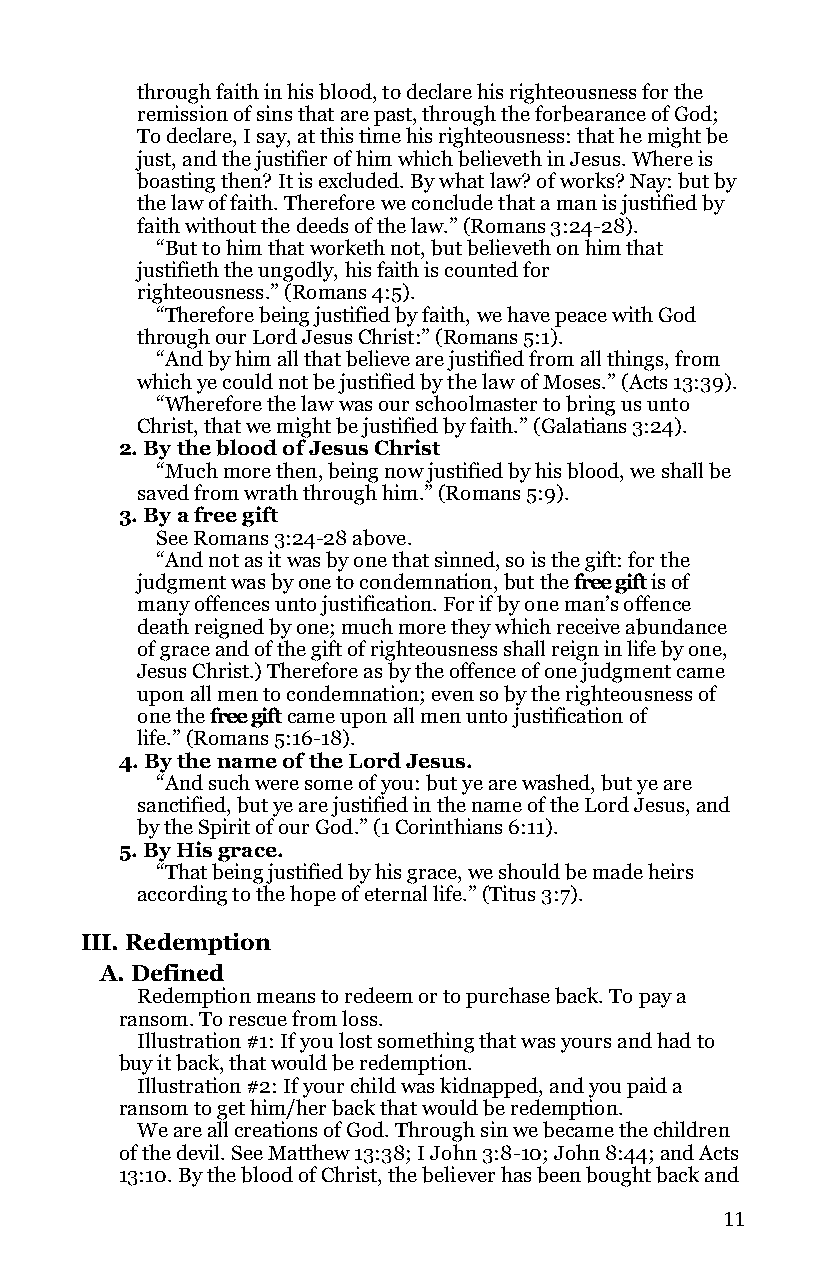
through faith in his blood, to declare his righteousness for the
 remission of sins that are past, through the forbearance of God;
 To declare, I say, at this time his righteousness: that he might be
 just, and the justifier of him which believeth in Jesus. Where is
 boasting then? It is excluded. By what law? of works? Nay: but by
 the law of faith. Therefore we conclude that a man is justified by
 faith without the deeds of the law.” (Romans 3:24-28).
 “But to him that worketh not, but believeth on him that
 justifieth the ungodly, his faith is counted for
 righteousness.” (Romans 4:5).
 “Therefore being justified by faith, we have peace with God
 through our Lord Jesus Christ:” (Romans 5:1).
 “And by him all that believe are justified from all things, from
 which ye could not be justified by the law of Moses.” (Acts 13:39).
 “Wherefore the law was our schoolmaster to bring us unto
 Christ, that we might be justified by faith.” (Galatians 3:24).
 2. By the blood of Jesus Christ
 “Much more then, being now justified by his blood, we shall be
 saved from wrath through him.” (Romans 5:9).
 3. By a free gift
 See Romans 3:24-28 above.
 “And not as it was by one that sinned, so is the gift: for the
 judgment was by one to condemnation, but the free gift is of
 many offences unto justification. For if by one man’s offence
 death reigned by one; much more they which receive abundance
 of grace and of the gift of righteousness shall reign in life by one,
 Jesus Christ.) Therefore as by the offence of one judgment came
 upon all men to condemnation; even so by the righteousness of
 one the free gift came upon all men unto justification of
 life.” (Romans 5:16-18).
 4. By the name of the Lord Jesus.
 “And such were some of you: but ye are washed, but ye are
 sanctified, but ye are justified in the name of the Lord Jesus, and
 by the Spirit of our God.” (1 Corinthians 6:11).
 5. By His grace.
 “That being justified by his grace, we should be made heirs
 according to the hope of eternal life.” (Titus 3:7).
 III. Redemption
 A. Defined
 Redemption means to redeem or to purchase back. To pay a
 ransom. To rescue from loss.
 Illustration #1: If you lost something that was yours and had to
 buy it back, that would be redemption.
 Illustration #2: If your child was kidnapped, and you paid a
 ransom to get him/her back that would be redemption.
 We are all creations of God. Through sin we became the children
 of the devil. See Matthew 13:38; I John 3:8-10; John 8:44; and Acts
 13:10. By the blood of Christ, the believer has been bought back and
 11